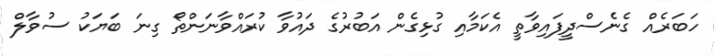
ހަބަރެއް ގެނެސްދީފައިވާތީ އެކަމާއި ގުޅިގެން އަބުުރުގެ ދައުވާ ކުރައްވާނަންތޯ ގިނަ ބަޔަކު ސުވާލް